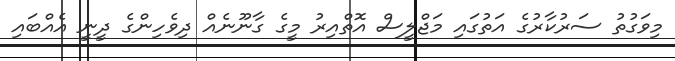
މިވަގުތު ސަރުކާރުގެ އަތުގައި މަޖްލީސް އޮތްއިރު މީގެ ގާނޫނެއް ދިވެހިންގެ ދީނީ އެއްބައި